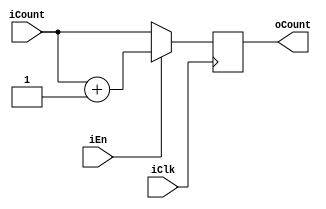
//module coreCount8Add(iClk, _iRst, iEn, iCount, oCount);
module coreCount8Add(iClk, iEn, iCount, oCount);
parameter CountWidth = 8;

input iClk, iEn;//, _iRst
input  [CountWidth-1:0] iCount;
output [CountWidth-1:0] oCount;

reg [CountWidth-1:0] oCount;

always@(posedge iClk)//, negedge _iRst)
begin
//   if (!_iRst)
//	   oCount <= 8'd0;
//	else
	if (iEn)
	   oCount <= iCount + 8'd1;
	else
		oCount <= iCount;
end

endmodule